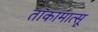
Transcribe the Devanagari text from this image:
ताकामात्सू